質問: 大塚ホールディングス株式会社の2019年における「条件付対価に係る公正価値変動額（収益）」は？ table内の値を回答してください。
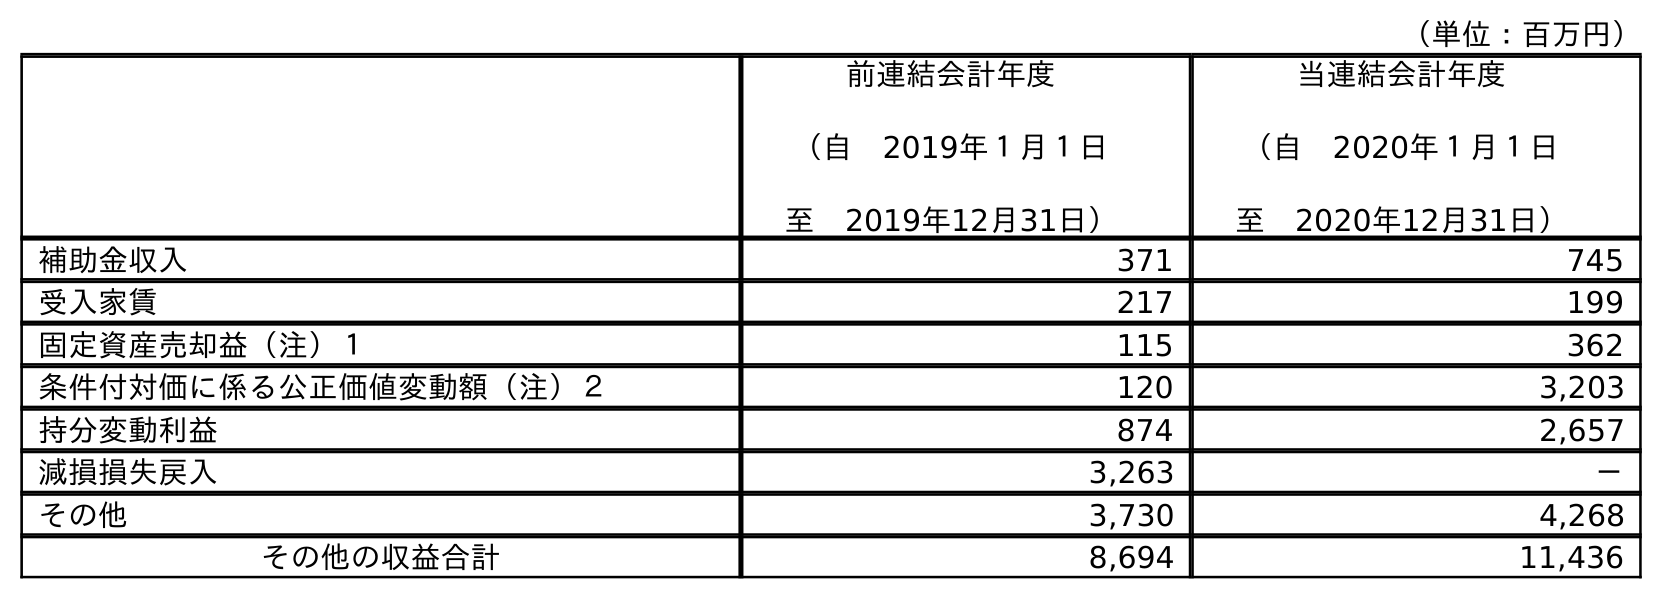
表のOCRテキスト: （単位：百万円） 前連結会計年度 （自 2019年１月１日 至 2019年12月31日） 当連結会計年度 （自 2020年１月１日 至 2020年12月31日） 補助金収入 371 745 受入家賃 217 199 固定資産売却益（注）１ 115 362 条件付対価に係る公正価値変動額（注）２ 120 3,203 持分変動利益 874 2,657 減損損失戻入 3,263 － その他 3,730 4,268 その他の収益合計 8,694 11,436
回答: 120